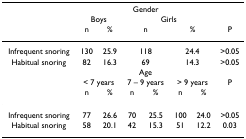
|  | <COLSPAN=6> Gender |  |
 |  | <COLSPAN=2> Boys | <COLSPAN=4> Girls |  |
 |  | n | % | <COLSPAN=2> n | <COLSPAN=2> % | P |
 | --- | --- | --- | --- | --- | --- | --- | --- |
 | Infrequent snoring | 130 | 25.9 | <COLSPAN=2> 118 | <COLSPAN=2> 24.4 | >0.05 |
 | Habitual snoring | 82 | 16.3 | <COLSPAN=2> 69 | <COLSPAN=2> 14.3 | >0.05 |
 |  | <COLSPAN=6> Age |  |
 |  | <COLSPAN=2> < 7 years | <COLSPAN=2> 7 – 9 years | <COLSPAN=2> > 9 years | P |
 |  | n | % | n | % | n | % |  |
 | Infrequent snoring | 77 | 26.6 | 70 | 25.5 | 100 | 24.0 | >0.05 |
 | Habitual snoring | 58 | 20.1 | 42 | 15.3 | 51 | 12.2 | 0.03 |